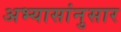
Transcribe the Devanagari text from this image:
अभ्यासांनुसार